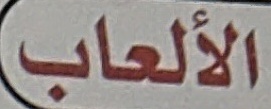
الألعاب